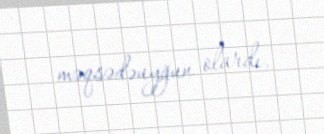
məqsədəuyğun olardı.